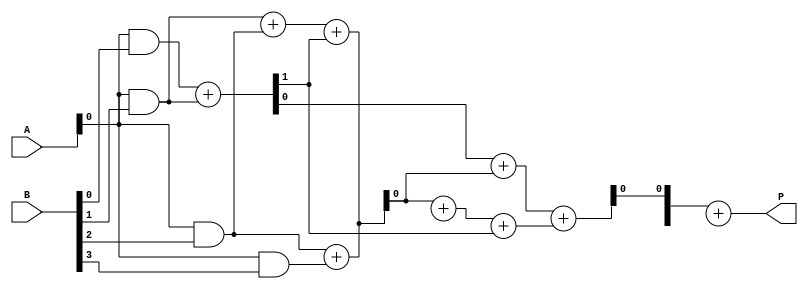
module WallaceTreeMultiplier #(parameter N = 4) (
    input [N-1:0] A,
    input [N-1:0] B,
    output [2*N-1:0] P
);

    // Generate partial products
    wire [N-1:0] pp [0:N-1]; // Partial products
    genvar i, j;
    generate
        for (i = 0; i < N; i = i + 1) begin : pp_gen
            assign pp[i] = A & {N{B[i]}}; // AND each bit of A with each bit of B
        end
    endgenerate

    // Wallace tree reduction
    wire [N-1:0] sum [0:N-1]; // Sums at each level
    wire [N-1:0] carry [0:N-1]; // Carries at each level

    // Initial layer of adders
    generate
        for (i = 0; i < N-1; i = i + 1) begin : layer1
            if (i % 2 == 0) begin
                // Half adder for even indexed bits
                assign {carry[0][i/2], sum[0][i/2]} = pp[i][0] + pp[i+1][0];
            end else begin
                // Full adder for odd indexed bits
                assign {carry[0][(i-1)/2 + 1], sum[0][(i-1)/2 + 1]} = pp[i][0] + pp[i+1][0] + carry[0][(i-1)/2];
            end
        end
    endgenerate

    // Further layers of reduction
    genvar layer;
    for (layer = 1; layer < N; layer = layer + 1) begin : reduction_layers
        for (i = 0; i < (N - layer - 1); i = i + 1) begin : layer_reduction
            if (i % 2 == 0) begin
                assign {carry[layer][i/2], sum[layer][i/2]} = sum[layer-1][i] + sum[layer-1][i+1];
            end else begin
                assign {carry[layer][(i-1)/2 + 1], sum[layer][(i-1)/2 + 1]} = sum[layer-1][i] + sum[layer-1][i+1] + carry[layer-1][(i-1)/2];
            end
        end
    end

    // Final addition of the last two rows
    wire [2*N-1:0] final_sum;
    assign final_sum = {carry[N-2], sum[N-2]} + {carry[N-1], sum[N-1]};

    // Output the final product
    assign P = final_sum;

endmodule